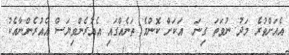
އެއަށްވުރެ މަދު ނުވަތަ ގިނަ  އަކަށް ކޮންމެ ތަނެއްގައި އެއުރެންވިޔަސް އެއުރެންނާއެކު